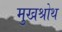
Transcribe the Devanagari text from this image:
मुखश्रोथ